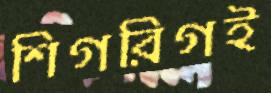
শিগরিগই